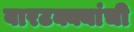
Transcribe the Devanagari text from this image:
बारटक्क्यांची